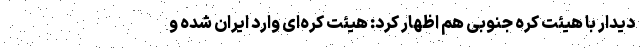
دیدار با هیئت کره جنوبی هم اظهار کرد: هیئت کره‌ای وارد ایران شده و